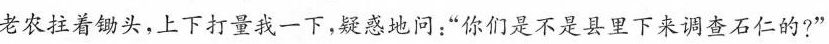
老农拉着头，上下打量我一下，疑地问；”你们是不是县里下来调查石仁的?”